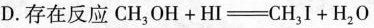
D.存在反应$$C H _ { 3 } O H + H I \xrightarrow C H _ { 3 } I + H _ { 2 } O$$